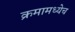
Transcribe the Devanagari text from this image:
क्रमामध्येच